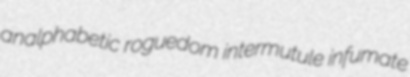
analphabetic roguedom intermutule infumate